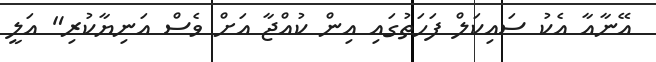
އޭނާއާ އެކު ސައިކަލް ފަހަތުގައި އިން ކުއްޖާ އަށް ވެސް އަނިޔާކުރި" އަލީ